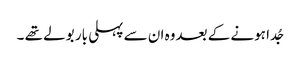
جُدا ہونے کے بعدوہ ان سے پہلی بار بولے تھے ۔